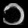
Digit: ၁